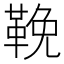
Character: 鞔